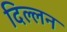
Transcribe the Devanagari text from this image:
दिल्लन